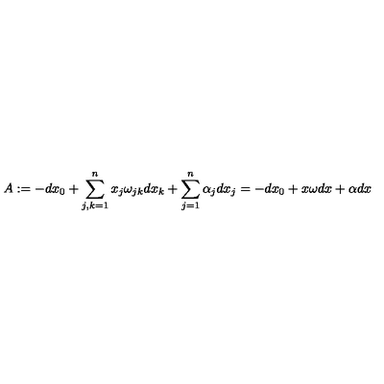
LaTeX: A : = - d x _ { 0 } + \sum _ { j , k = 1 } ^ { n } x _ { j } \omega _ { j k } d x _ { k } + \sum _ { j = 1 } ^ { n } \alpha _ { j } d x _ { j } = - d x _ { 0 } + x \omega d x + \alpha d x